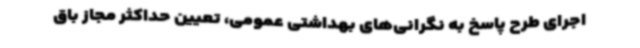
اجرای طرح پاسخ به نگرانی‌های بهداشتی عمومی، تعیین حداکثر مجاز باق